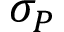
\sigma _ { P }